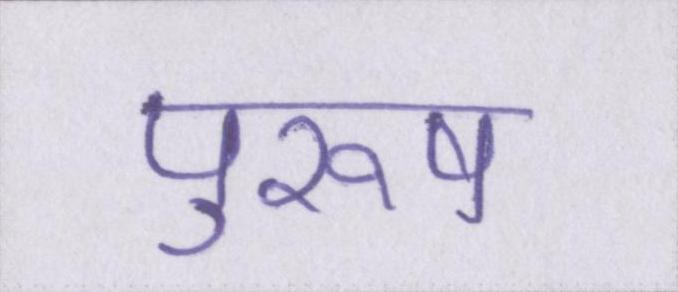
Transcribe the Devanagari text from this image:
पुरूष